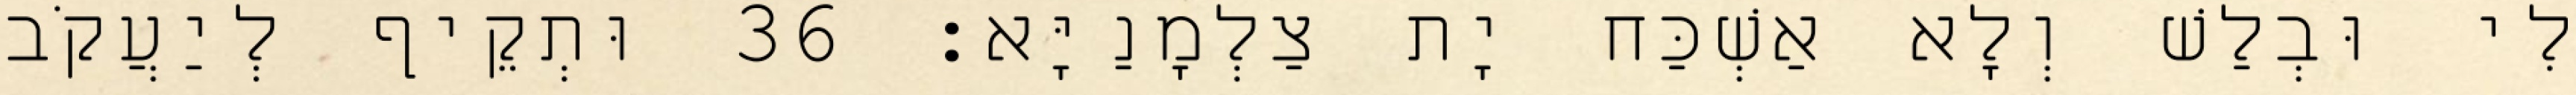
לִי וּבְלַשׁ וְלָא אַשְׁכַּח יָת צַלְמָנַיָּא׃ 36 וּתְקֵיף לְיַעֲקֹב